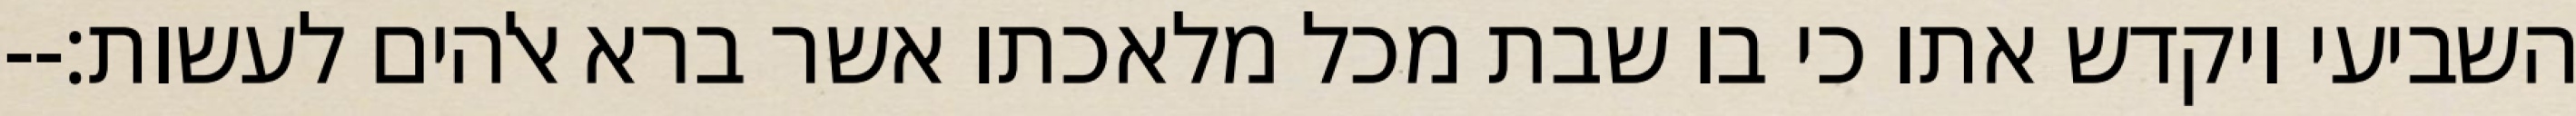
השביעי ויקדש אתו כי בו שבת מכל מלאכתו אשר ברא אלהים לעשות׃--